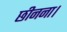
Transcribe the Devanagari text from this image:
छीनना।